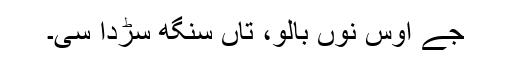
جے اُوس نوں بالو، تاں سنگھ سڑدا سی۔